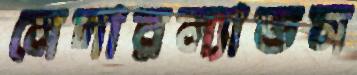
নেদারল্যান্ডস